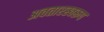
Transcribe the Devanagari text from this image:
अवतारस्वरूप